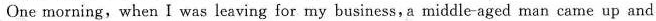
One morning, when I was leaving for my business,a middle-aged man came up and